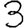
Digit: 3